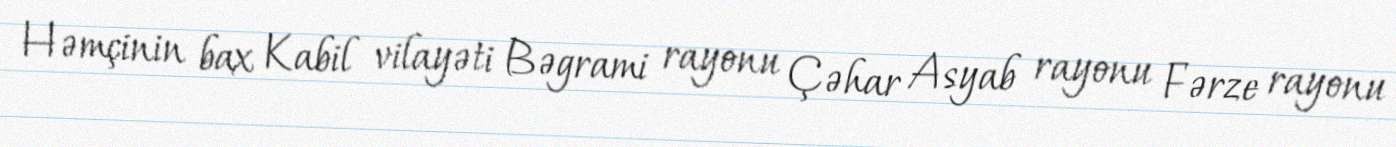
Həmçinin bax Kabil vilayəti Bəgrami rayonu Çəhar Asyab rayonu Fərze rayonu